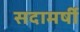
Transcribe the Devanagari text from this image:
सदामर्षी